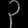
Digit: ၃